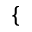
\{